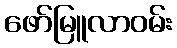
ဖော်မြူလာဝမ်း